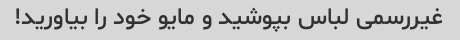
غیررسمی لباس بپوشید و مایو خود را بیاورید!